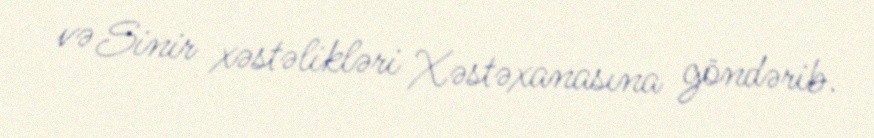
və Sinir xəstəlikləri Xəstəxanasına göndərib.